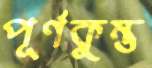
পূর্ণকুম্ভ